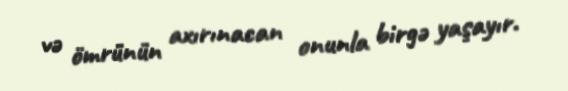
və ömrünün axırınacan onunla birgə yaşayır.